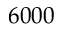
6 0 0 0